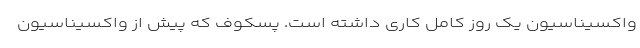
واکسیناسیون یک روز کامل کاری داشته است. پسکوف که پیش از واکسیناسیون